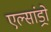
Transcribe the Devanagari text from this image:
एल्‍सांड्रो